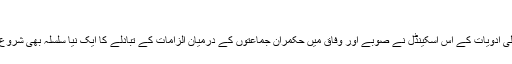
‘‘
پنجاب میں جعلی ادویات کے اس اسکینڈل نے صوبے اور وفاق میں حکمران جماعتوں کے درمیان الزامات کے تبادلے کا ایک نیا سلسلہ بھی شروع کر رکھا ہے۔